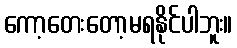
ကော့တေးတော့မရနိုင်ပါဘူး။